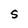
Character: S